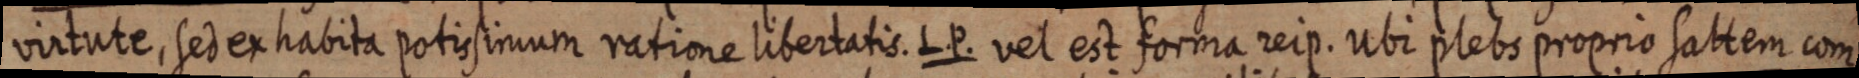
virtute, sed ex habita potussimum ratione libertatis. L. P. vel est forma reip. Ubi plebs proprio sattem com